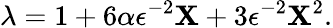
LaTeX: \lambda=1+6\alpha\epsilon^{-2}\mathbf{X}+3\epsilon^{-2}\mathbf{X}^{2}.